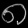
Digit: ၈